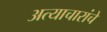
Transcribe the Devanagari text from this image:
अत्याचारांचे